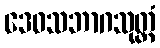
ဒေဝသဘာဂသုတ္တံ